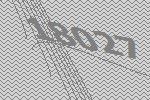
18027